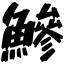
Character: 鰺